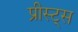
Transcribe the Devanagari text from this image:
प्रीस्ट्स